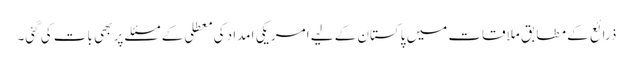
ذرائع کے مطابق ملاقات میں پاکستان کے لیے امریکی امداد کی معطلی کے مسئلے پر بھی بات کی گئی۔